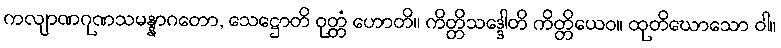
ကလျာဏဂုဏသမန္နာဂတော, သေဋ္ဌောတိ ဝုတ္တံ ဟောတိ။ ကိတ္တိသဒ္ဒေါတိ ကိတ္တိယေဝ။ ထုတိဃောသော ဝါ။